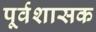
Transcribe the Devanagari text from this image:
पूर्वशासक